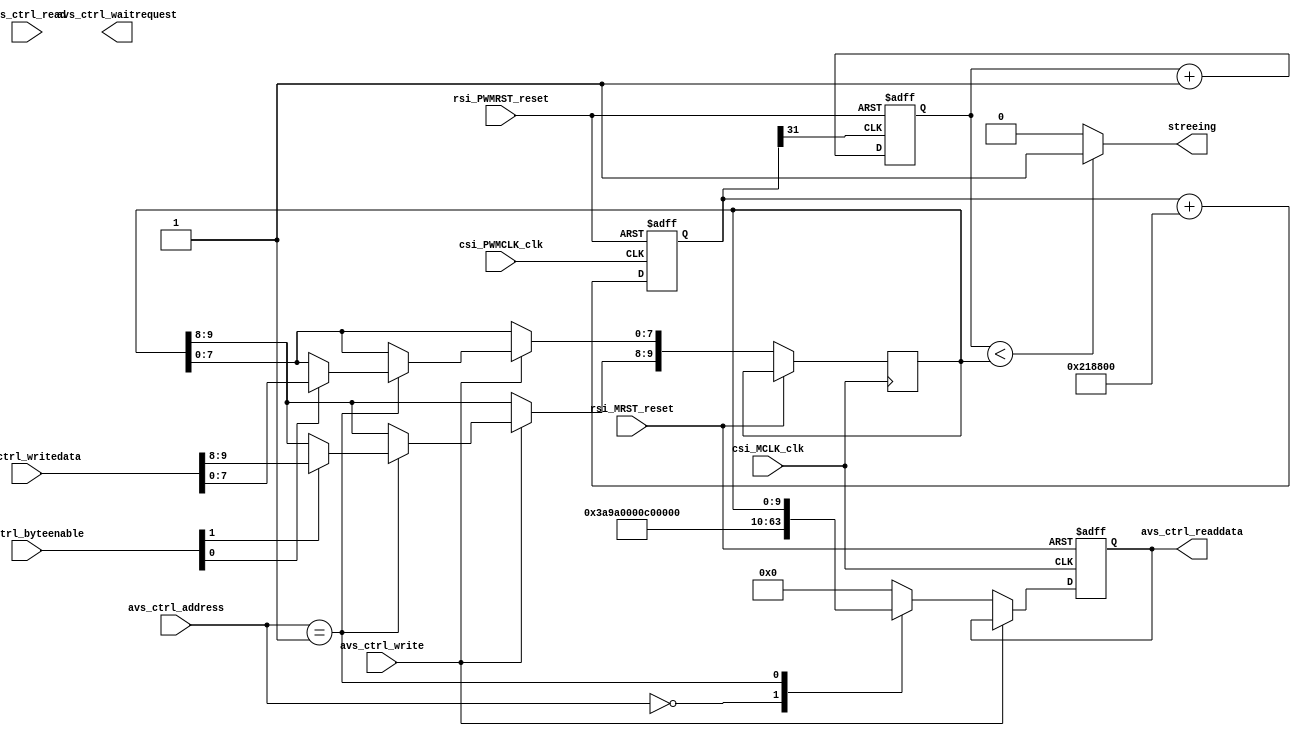
module steering_driver(
// Qsys bus interface	
		input					rsi_MRST_reset,
		input					csi_MCLK_clk,
		input		[31:0]	avs_ctrl_writedata,
		output	[31:0]	avs_ctrl_readdata,
		input		[3:0]		avs_ctrl_byteenable,
		input		[2:0]		avs_ctrl_address,
		input					avs_ctrl_write,
		input					avs_ctrl_read,
		output				avs_ctrl_waitrequest,
		
		input					rsi_PWMRST_reset,
      input					csi_PWMCLK_clk,     //200Mhz

//brush_moter_interface		
		output streeing	
		);
//Qsys controller		
	reg forward_back;
   reg on_off;
	reg [9:0] angle;
	reg [31:0] read_data;
	assign	avs_ctrl_readdata = read_data;
	always@(posedge csi_MCLK_clk or posedge rsi_MRST_reset)
	begin
		if(rsi_MRST_reset) begin
			read_data <= 0;
		end
		else if(avs_ctrl_write) 
		begin
			case(avs_ctrl_address)
				1: begin
					if(avs_ctrl_byteenable[1]) angle[9:8] <= avs_ctrl_writedata[9:8];
					if(avs_ctrl_byteenable[0]) angle[7:0] <= avs_ctrl_writedata[7:0];
				end
				default:;
			endcase
	   end
		else begin
			case(avs_ctrl_address)
				0: read_data <= 32'hEA680003;
				1: read_data <= angle;
				default: read_data <= 32'b0;
			endcase
		end
	end
//steering controller		
	reg PWM_out;
	reg[31:0] counter;
	always @ (posedge csi_PWMCLK_clk or posedge rsi_PWMRST_reset)
	begin
		if (rsi_PWMRST_reset) 
			counter <= 32'b0;
		else 	
			counter <= counter + 32'd2048 * 32'd1073; // 50(Hz) * 0xffffffff / 200000000;
	end
	reg [10:0] PWM; // 2048 
	always @(posedge counter[31] or posedge rsi_PWMRST_reset)
	begin
		if (rsi_PWMRST_reset) 
			PWM <= 11'b0;
		else 	
			PWM <= PWM + 1;
	end
	always @(PWM)
	begin
		if(PWM < angle)
			PWM_out<= 1;
		else
			PWM_out<= 0;
	end
   assign streeing = PWM_out;

endmodule